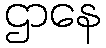
ဌာနေ